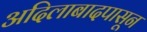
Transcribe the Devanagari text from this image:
अदिलाबादपासून